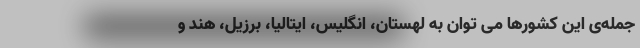
جمله‌ی این کشورها می توان به لهستان، انگلیس، ایتالیا، برزیل، هند و